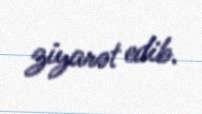
ziyarət edib.